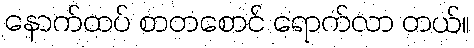
နောက်ထပ် စာတစောင် ရောက်လာ တယ်။